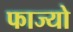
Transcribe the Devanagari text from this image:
फाज्यो